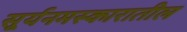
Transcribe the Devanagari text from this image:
सूर्यनमस्कारातील